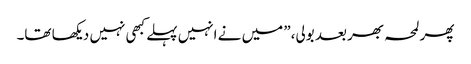
پھر لمحہ بھر بعد بولی،” میں نے انہیں پہلے کبھی نہیں دیکھا تھا۔